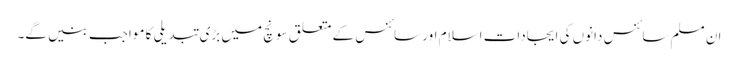
ان مسلم سائنس دانوں کی ایجادات اسلام اور سائنس کے متعلق سونچ میں بڑی تبدیلی کا مواجب بنیں گے۔